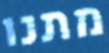
מתנו